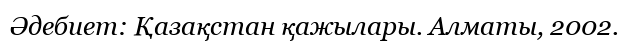
Әдебиет: Қазақстан қажылары. Алматы, 2002.